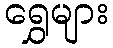
ရွှေများ